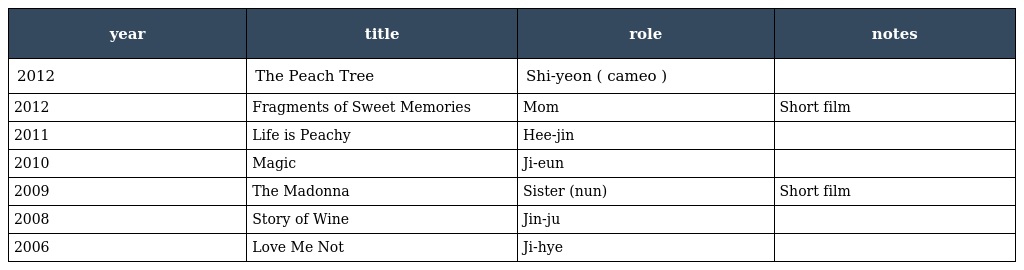
| year | title | role | notes |
 | --- | --- | --- | --- |
 | 2012 | The Peach Tree | Shi-yeon ( cameo ) |  |
 | 2012 | Fragments of Sweet Memories | Mom | Short film |
 | 2011 | Life is Peachy | Hee-jin |  |
 | 2010 | Magic | Ji-eun |  |
 | 2009 | The Madonna | Sister (nun) | Short film |
 | 2008 | Story of Wine | Jin-ju |  |
 | 2006 | Love Me Not | Ji-hye |  |